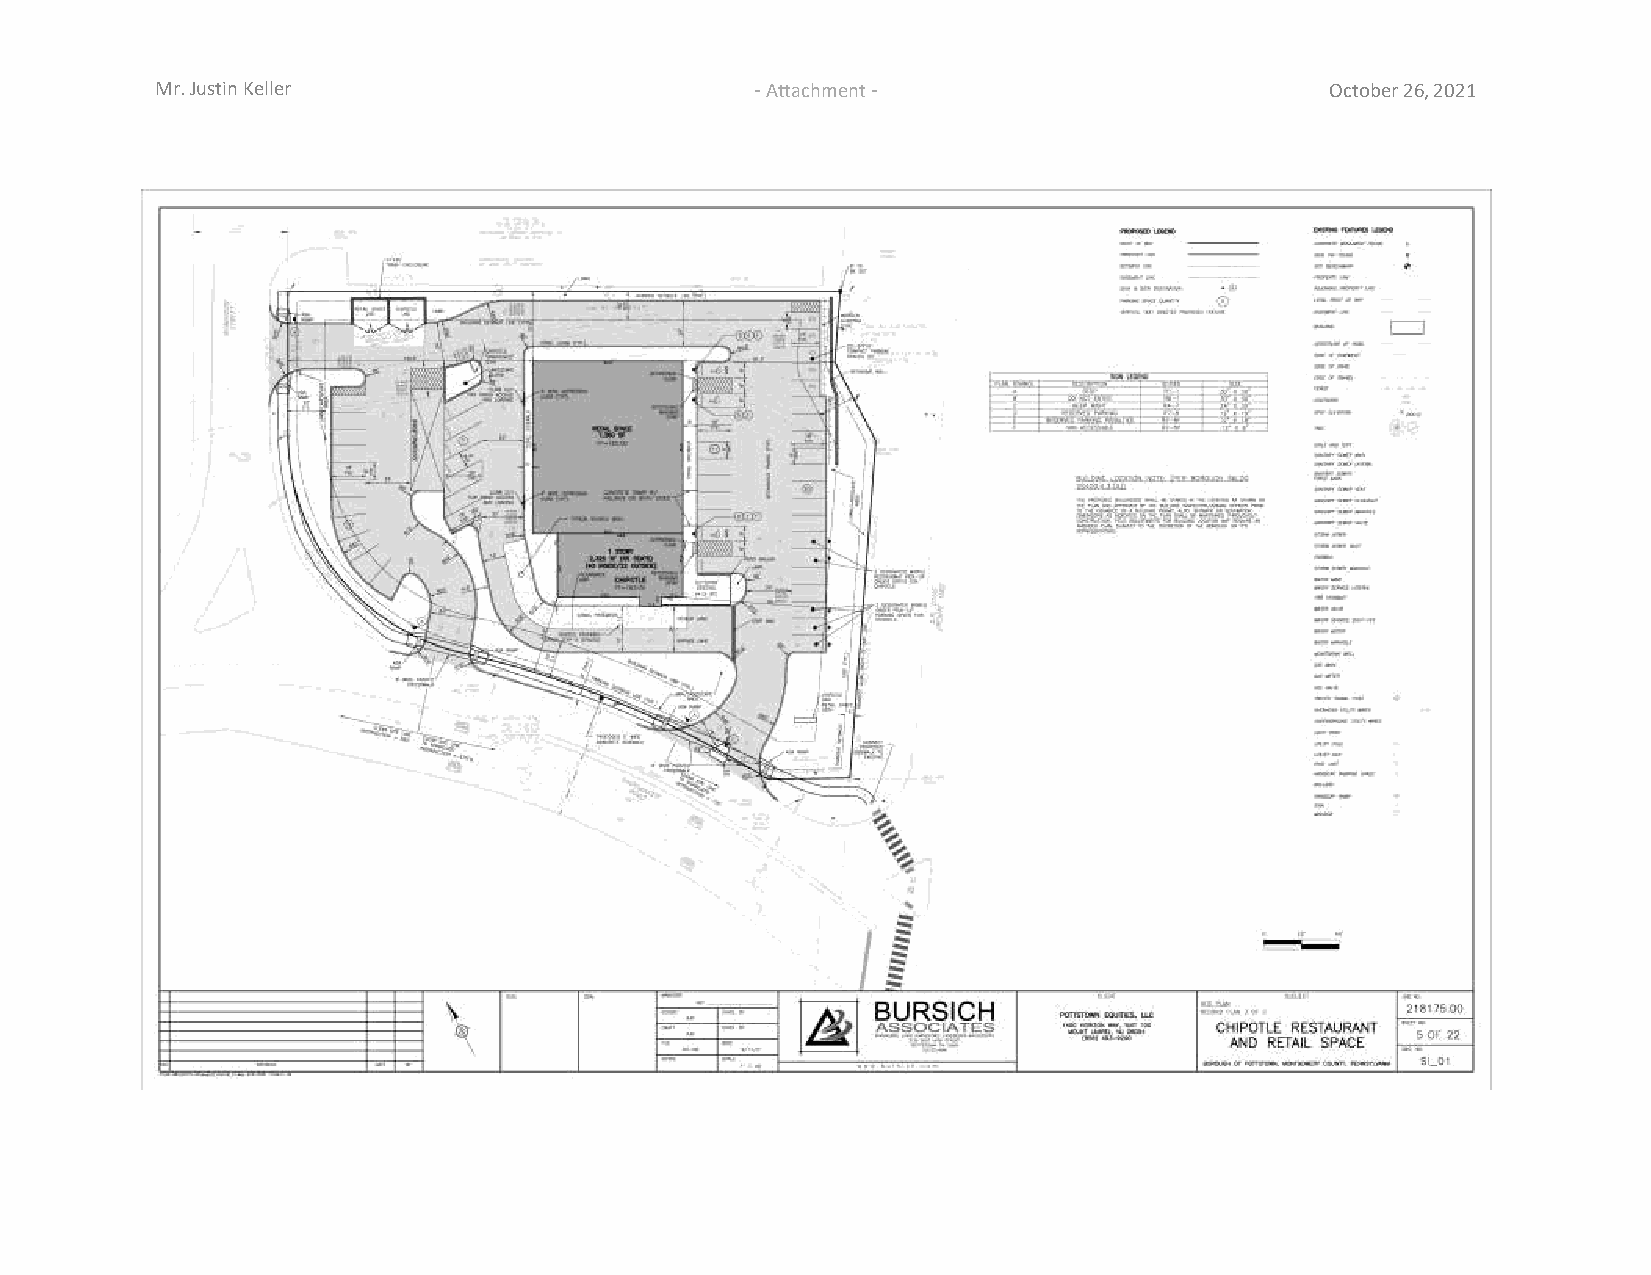
Mr. Justin Keller                       - Attachment -                        October 26, 2021